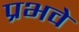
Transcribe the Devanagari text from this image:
प्रभवे